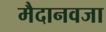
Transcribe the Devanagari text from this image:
मैदानवजा